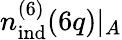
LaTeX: n_{\mathrm{ind}}^{(6)}(6q)|_{A}